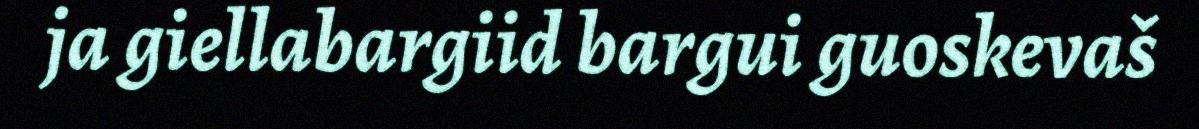
ja giellabargiid bargui guoskevaš